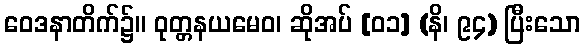
ဝေဒနာတိက်၌။ ဝုတ္တနယမေဝ၊ ဆိုအပ် [၀၁] (နိ၊ ၉၄) ပြီးသော